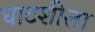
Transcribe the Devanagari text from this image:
घाटशीला